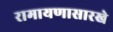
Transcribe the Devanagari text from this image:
रामायणासारखे